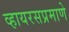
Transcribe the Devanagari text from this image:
व्हायरसप्रमाणे